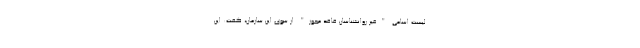
لیست اسامی "غیر روانشناسان فاقد مجوز" از سوی این سازمان، گفت: این